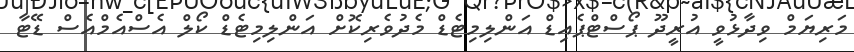
މަރިޔަމް ވިދާޅުވީ އުރީދޫ ޕޯސްޓްޕެއިޑް އަންލިމިޓެޑް މެދުވެރިކޮށް އަންލިމިޓެޑް ކޯލް އެސްއެމްއެސް ޑޭޓާ